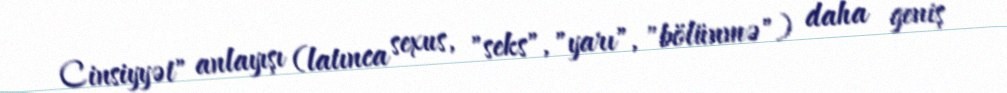
Cinsiyyət" anlayışı (latınca sexus, "seks", "yarı", "bölünmə") daha geniş